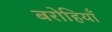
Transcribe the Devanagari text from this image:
बरोहियाँ